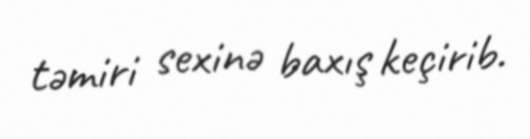
təmiri sexinə baxış keçirib.